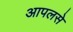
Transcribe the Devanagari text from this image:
आपलसे